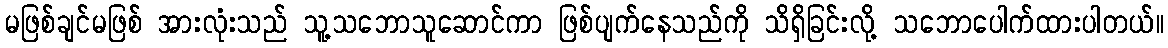
မဖြစ်ချင်မဖြစ် အားလုံးသည် သူ့သဘောသူဆောင်ကာ ဖြစ်ပျက်နေသည်ကို သိရှိခြင်းလို့ သဘောပေါက်ထားပါတယ်။